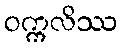
ဝက္ကလိဿ